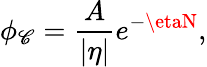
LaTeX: \phi_{\mathscr{C}}=\frac{{A}}{{|\eta|}}e^{-\etaN},